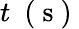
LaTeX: t~\mathrm{~(~s~)~}